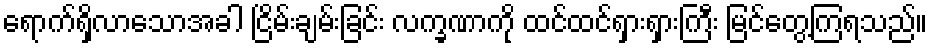
ရောက်ရှိလာသောအခါ ငြိမ်းချမ်းခြင်း လက္ခဏာကို ထင်ထင်ရှားရှားကြီး မြင်တွေ့ကြရသည်။